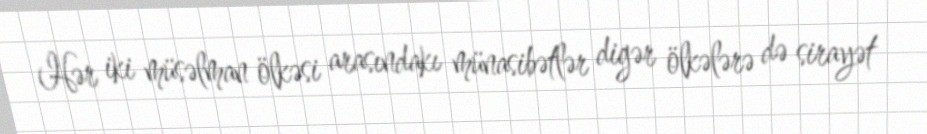
Hər iki müsəlman ölkəsi arasındakı münasibətlər digər ölkələrə də sirayət